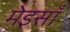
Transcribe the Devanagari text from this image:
मेइसाँ